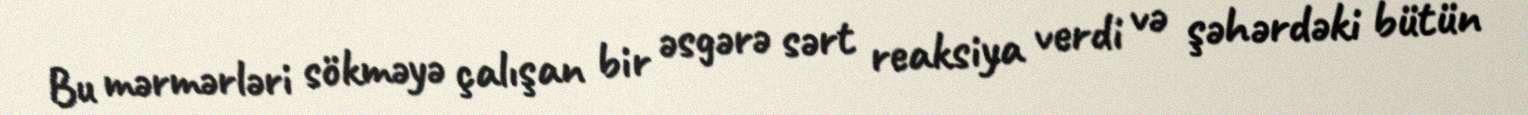
Bu mərmərləri sökməyə çalışan bir əsgərə sərt reaksiya verdi və şəhərdəki bütün